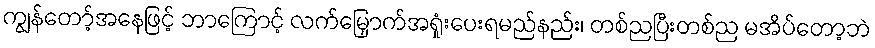
ကျွန်တော့်အနေဖြင့် ဘာကြောင့် လက်မြှောက်အရှုံးပေးရမည်နည်း၊ တစ်ညပြီးတစ်ည မအိပ်တော့ဘဲ